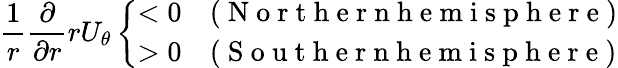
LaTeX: \frac{1}{r}\frac{\partial}{\partial r}rU_{\theta}\left\{ \begin{array}{ll}{<0}&{(\mathrm{~N~o~r~t~h~e~r~n~h~e~m~i~s~p~h~e~r~e~})}\\ {>0}&{(\mathrm{~S~o~u~t~h~e~r~n~h~e~m~i~s~p~h~e~r~e~})}\end{array}\right.